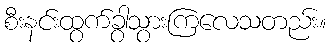
စီးနင်းထွက်ခွာသွားကြလေသတည်း။